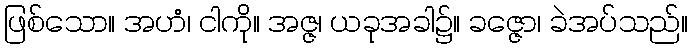
ဖြစ်သော။ အဟံ၊ ငါကို။ အဇ္ဇ၊ ယခုအခါ၌။ ခဇ္ဇော၊ ခဲအပ်သည်။